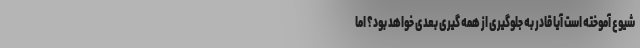
شیوع آموخته است آیا قادر به جلوگیری از همه گیری بعدی خواهد بود؟ اما